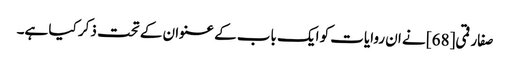
صفار قمی[68] نے ان روایات کو ایک باب کے عنوان کے تحت ذکر کیا ہے۔